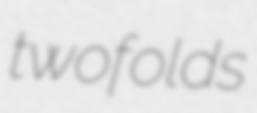
twofolds